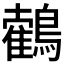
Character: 𪆉